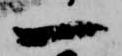
一